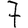
Digit: 7